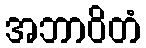
အဘာဝိတံ